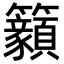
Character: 𥸊